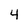
Character: 4